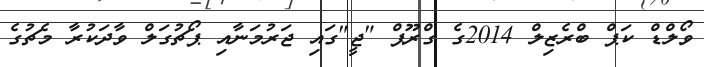
ވޯލްޑް ކަޕް ބްރެޒިލް 2014ގެ ގްރޫޕް "ޖީ"ގައި ޖަރުމަނާއި ޕޯޗުގަލް ވާދަކުރާ މެޗުގެ